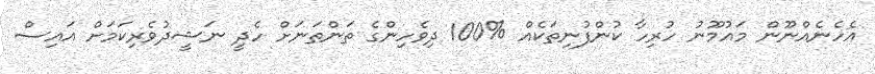
އެހެނެއްނޫން މައުމޫނު ހުރިހާ ކުންފުނިތަކެއް %100 ދިވެހިންގެ ތަންތަނަށް ހެދީ ނަޝީދުވެރިކަމަށް އައިސް